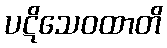
ပဋိသေဝထာတိ